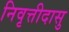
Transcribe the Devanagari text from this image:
निवृत्तीदासु